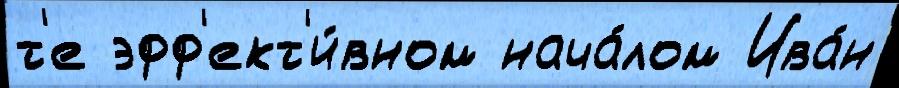
т'е эфф'ект'и́вном нача́лом Ива́н